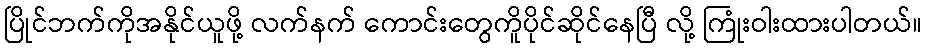
ပြိုင်ဘက်ကိုအနိုင်ယူဖို့ လက်နက် ကောင်းတွေကိူပိုင်ဆိုင်နေပြီ လို့ ကြုံးဝါးထားပါတယ်။